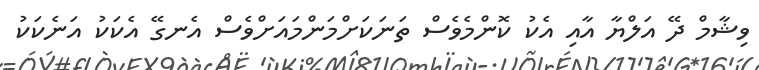
ވިޝާމް ދޭ އަލްޔާ އާއި އެކު ކޮންމެވެސް ތަނަކަށްމަންމައަށްވެސް އެނގޭ އެކަކު އަނެކަކު